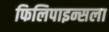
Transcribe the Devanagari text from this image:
फिलिपाइन्सला